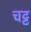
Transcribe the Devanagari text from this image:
चट्ट